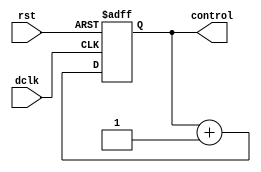
`timescale 1ns / 1ps
//////////////////////////////////////////////////////////////////////////////////////////
// Company: Digilent Inc.
// 
// Module Name:    two_bit_counter
// Project Name: 	 PmodGYRO_Demo
// Target Devices: Nexys3
// Tool versions:  ISE 14.1
// Description: Produces the select/control signals used to display data.
//
// Revision History: 
// 						Revision 0.01 - File Created (Andrew Skreen)
//							Revision 1.00 - Added Comments and Converted to Verilog (Josh Sackos)
//////////////////////////////////////////////////////////////////////////////////////////

// ==============================================================================
// 										  Define Module
// ==============================================================================
module two_bit_counter(
		dclk,
		rst,
		control
);

// ==============================================================================
// 									   Port Declarations
// ==============================================================================
			
			input        dclk;
			input        rst;
			output [1:0] control;
   
// ==============================================================================
// 							 Parameters, Registers, and Wires
// ==============================================================================   
			
			reg [1:0]    count;
   
// ==============================================================================
// 										Implementation
// ==============================================================================   

			// Counting process
			always @(posedge dclk or posedge rst)
				
				begin
					if (rst == 1'b1)
						count <= {2{1'b0}};
					else
						count <= count + 1'b1;
				end
			
			// Assign output control bus
			assign control = count;
   
endmodule